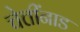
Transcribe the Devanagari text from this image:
चेत्तींनाड